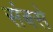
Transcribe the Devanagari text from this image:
संबसे